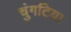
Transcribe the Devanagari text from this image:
चुंगटिया